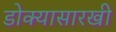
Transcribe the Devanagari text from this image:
डोक्यासारखी